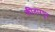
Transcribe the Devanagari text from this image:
कीतारपुर